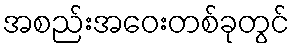
အစည်းအဝေးတစ်ခုတွင်